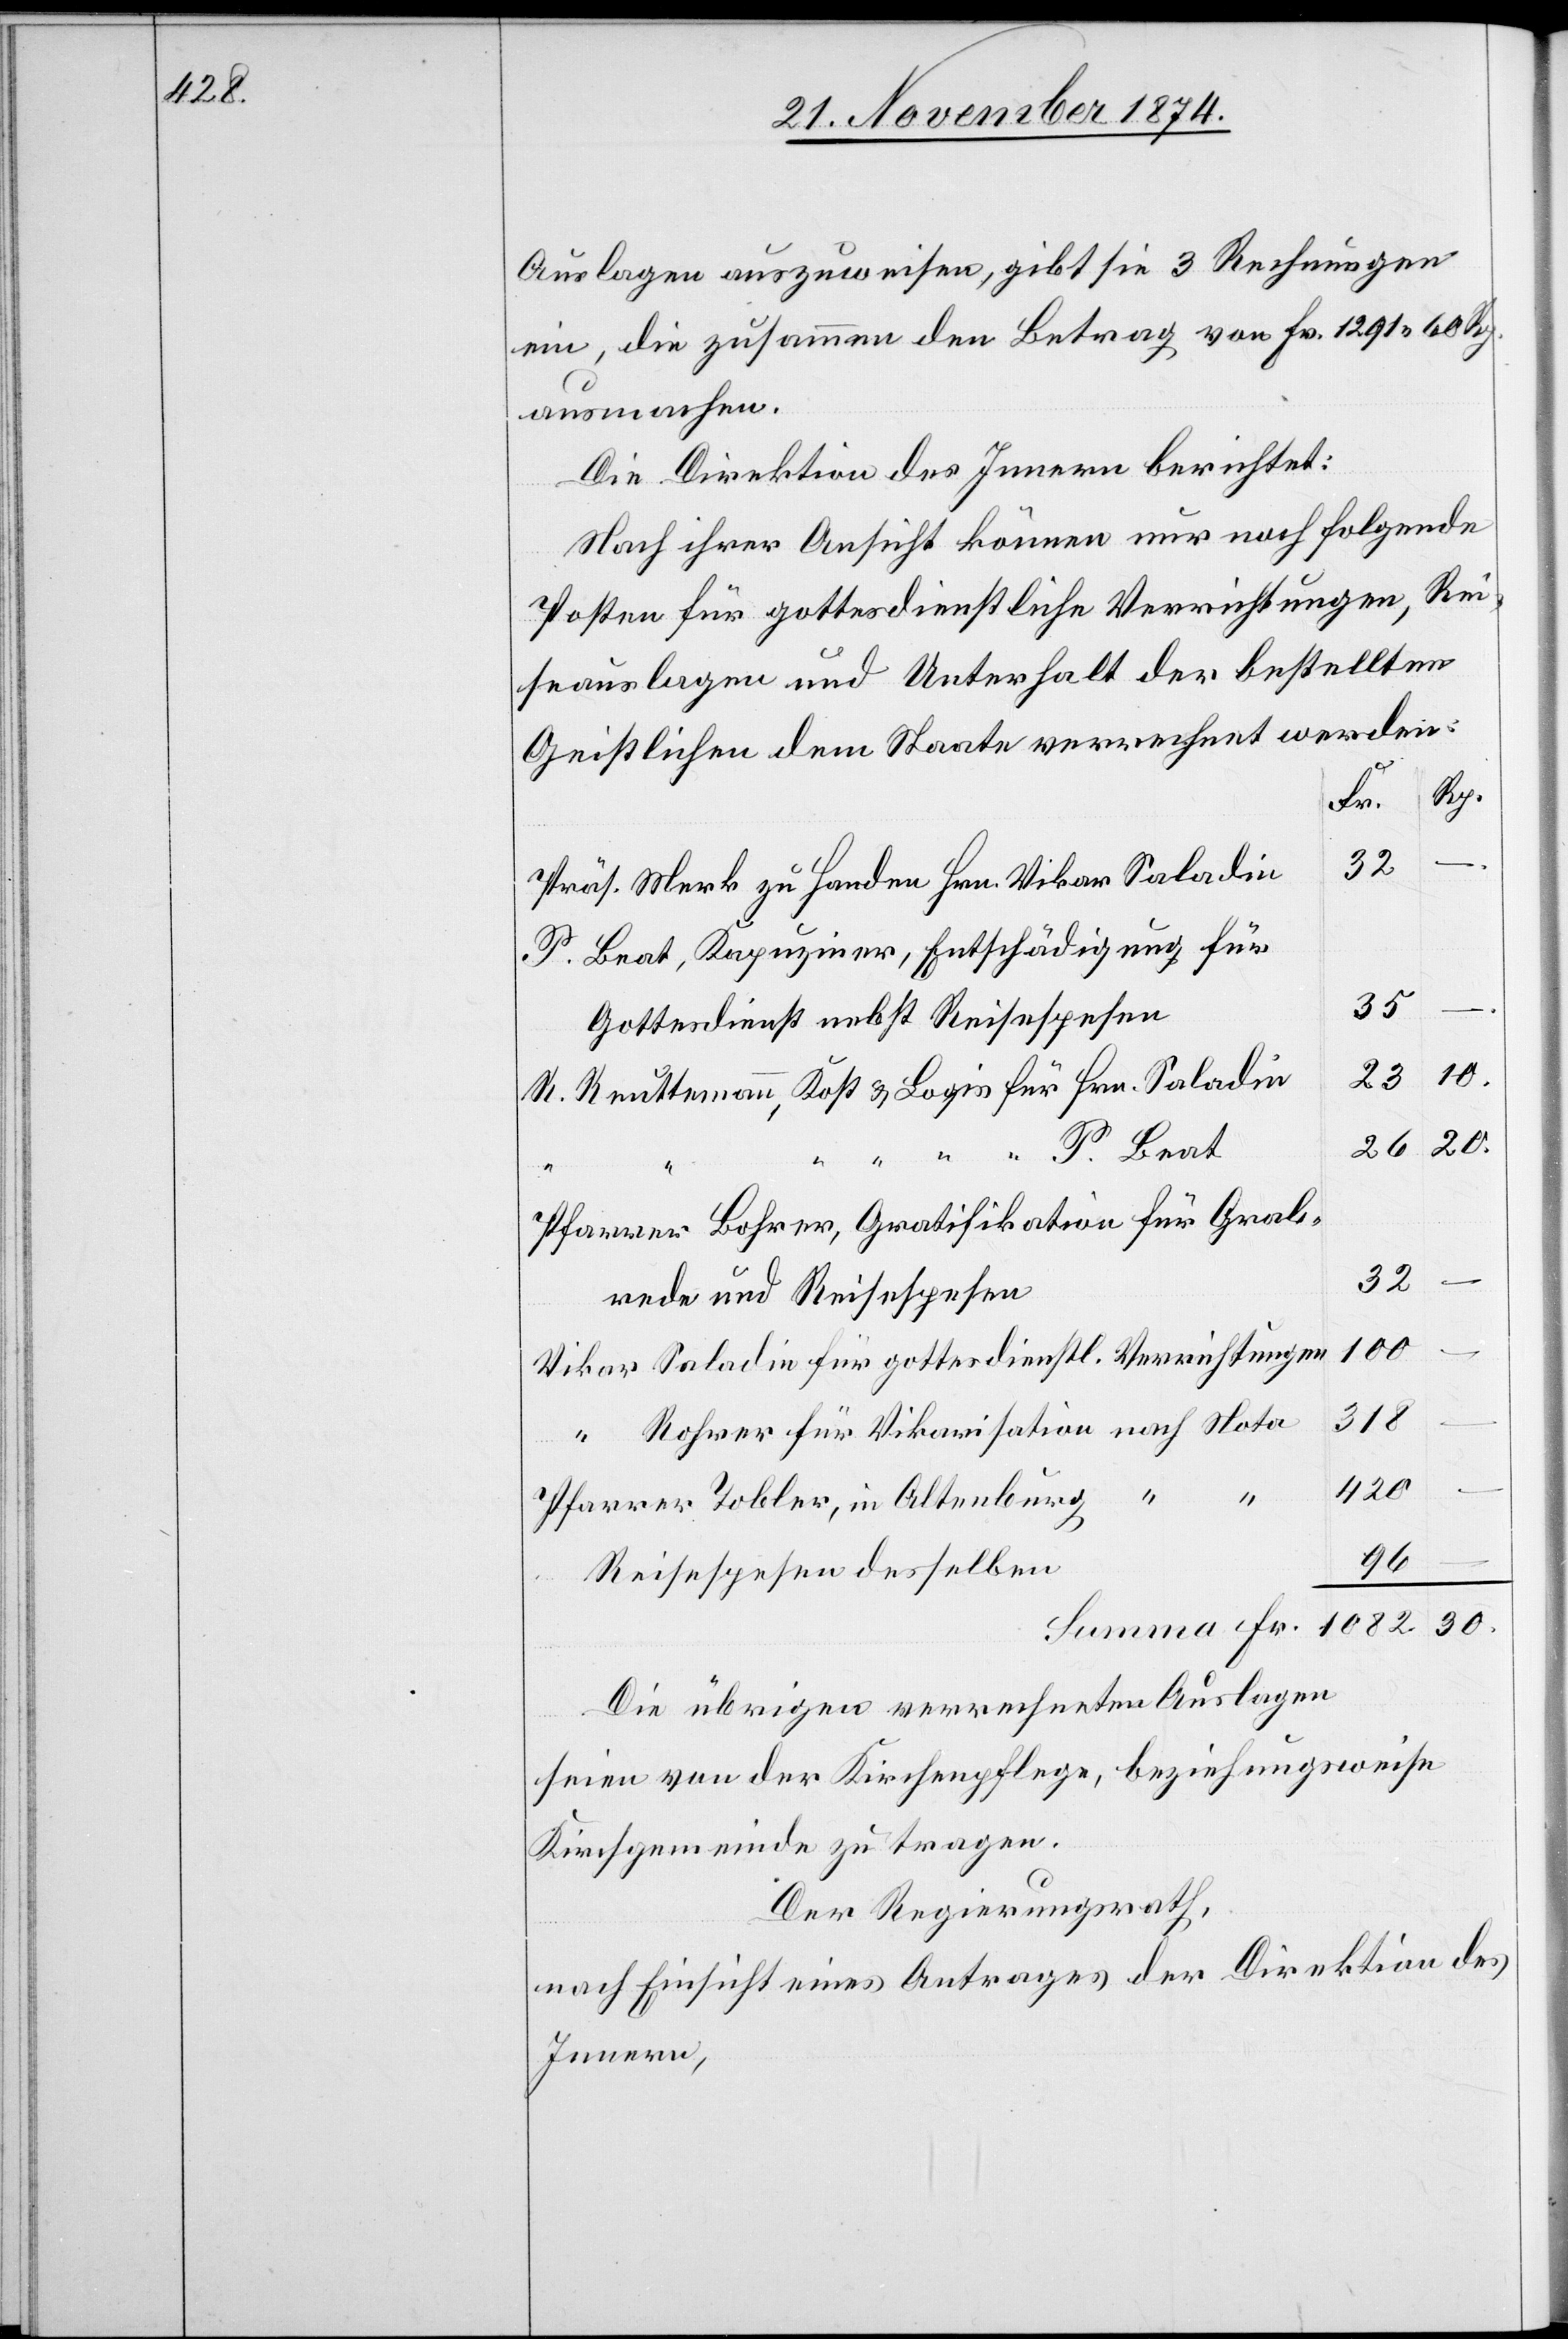
Beat,

Auslagen auszuweisen, gibt sie 3 Rechnungen
ein, die zusammen den Betrag von Fr. 1291. 60 Rp.
ausmachen.
Die Direktion des Innern berichtet:
Nach ihrer Ansicht können nur noch folgende
Posten für gottesdienstliche Verrichtungen, Rei¬
seauslagen und Unterhalt der bestellten
Geistlichen dem Staate verrechnet werden:
Boh¬
Fr.
Merk zu Handen Hrn. Vikar Saladin
Gottesdienste nebst Reisespesen
10.
23
R. Reuttemann, Kost & Logis für Hrn. Saladin
30.
“ “ “ “ P. Beat
32
rede und Reisespesen
32
1082.
Saladin für gottesdienstl. Verrichtungen
318
Rohrer für Vikarisation nach Nota
420
96
Reisespesen desselben
Die übrigen verrechneten Auslagen
seien von der Kirchenpflege, beziehungsweise
Kirchgemeinde zu tragen.
Der Regierungsrath,
nach Einsicht eines Antrages der Direktion des
Innern,